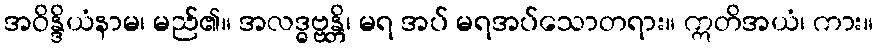
အဝိန္ဒိယံနာမ၊ မည်၏။ အလဒ္ဓဗ္ဗန္တိ၊ မရ အပ် မရအပ်သောတရား။ ဣတိအယံ၊ ကား။